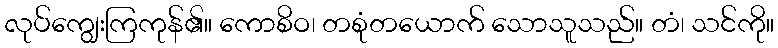
လုပ်ကျွေးကြကုန်၏။ ကောစိဝ၊ တစုံတယောက် သောသူသည်။ တံ၊ သင်ကို။